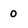
Character: 0